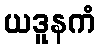
ယဒူနကံ